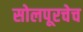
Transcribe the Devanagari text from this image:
सोलपूरचेच